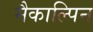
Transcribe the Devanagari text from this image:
मैकाल्पिन